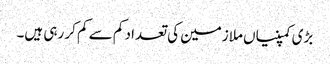
بڑی کمپنیاں ملازمین کی تعداد کم سے کم کر رہی ہیں۔